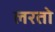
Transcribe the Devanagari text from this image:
लरतो